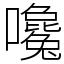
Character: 嚵